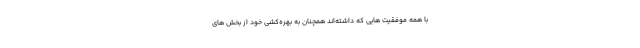
با همه موفقيت هايي كه داشته‌اند همچنان به بهره‌کشی خود از بخش هاي